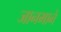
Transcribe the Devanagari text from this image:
जानमाने